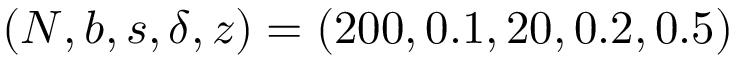
( N , b , s , \delta , z ) = ( 2 0 0 , 0 . 1 , 2 0 , 0 . 2 , 0 . 5 )